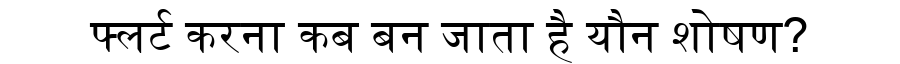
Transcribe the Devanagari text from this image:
फ्लर्ट करना कब बन जाता है यौन शोषण?